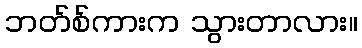
ဘတ်စ်ကားက သွားတာလား။